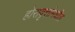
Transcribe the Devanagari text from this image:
होरावृत्तांमधील